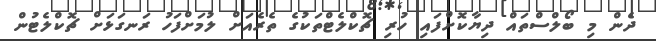
ދެން މި ބޯލްސްތައް ދިޔާކޮށްފައި ހުރި ޗޮކްލެޓްތަކުގެ ތެރެއަށް ލުމަށްފަހު ރަނގަޅަށް ޗޮކްލެޓުން